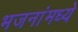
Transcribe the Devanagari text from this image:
भजनांमध्ये